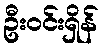
ဦးဝင်းရှိန်